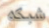
شبكه